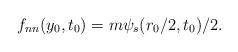
LaTeX: \begin{align*}f_{nn}(y_0,t_0)=m\psi_s(r_0/2,t_0)/2.\end{align*}